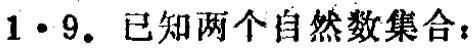
$1\cdot9.$ 已知两个自然数集合：